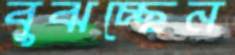
বুঝচ্ছেন